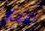
المشكل